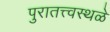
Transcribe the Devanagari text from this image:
पुरातत्त्वस्थळे